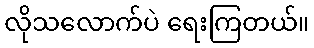
လိုသလောက်ပဲ ရေးကြတယ်။